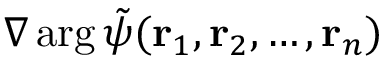
\nabla \arg \tilde { \psi } ( \mathbf { r } _ { 1 } , \mathbf { r } _ { 2 } , \ldots , \mathbf { r } _ { n } )